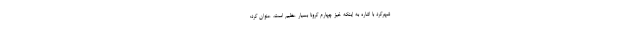
شهرکرد با اشاره به اینکه خیز چهارم کرونا بسیار عظیم است، عنوان کرد: